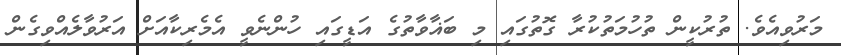
މަރުވިއެވެ. ތުރުކީން ތުހުމަތުކުރާ ގޮތުގައި މި ބަޣާވާތުގެ އަޑީގައި ހުންނެވީ އެމެރިކާއަށް އަރުވާލެއްވިގެން